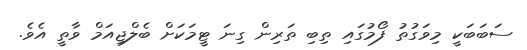
ސަބަބަކީ މިވަގުތު ފޯމުގައި ތިބި ތަރިން ގިނަ ޓީމަކަށް ބެލްޖިއަމް ވާތީ އެވެ.